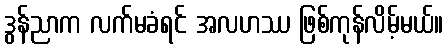
ဒွန်ညာက လက်မခံရင် အလဟဿ ဖြစ်ကုန်လိမ့်မယ်။